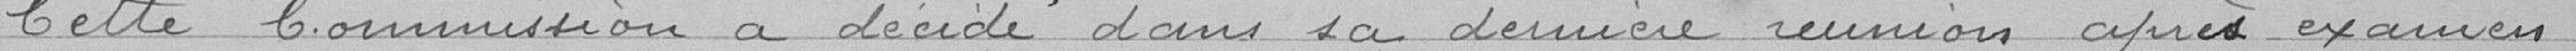
Cette Commission a décidé dans sa dernière réunion après examens